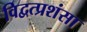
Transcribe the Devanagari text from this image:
विद्वत्प्रशंसा